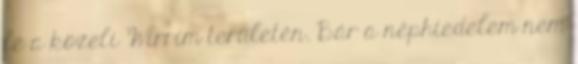
le a közeli Wirrim területén. Bár a néphiedelem nem